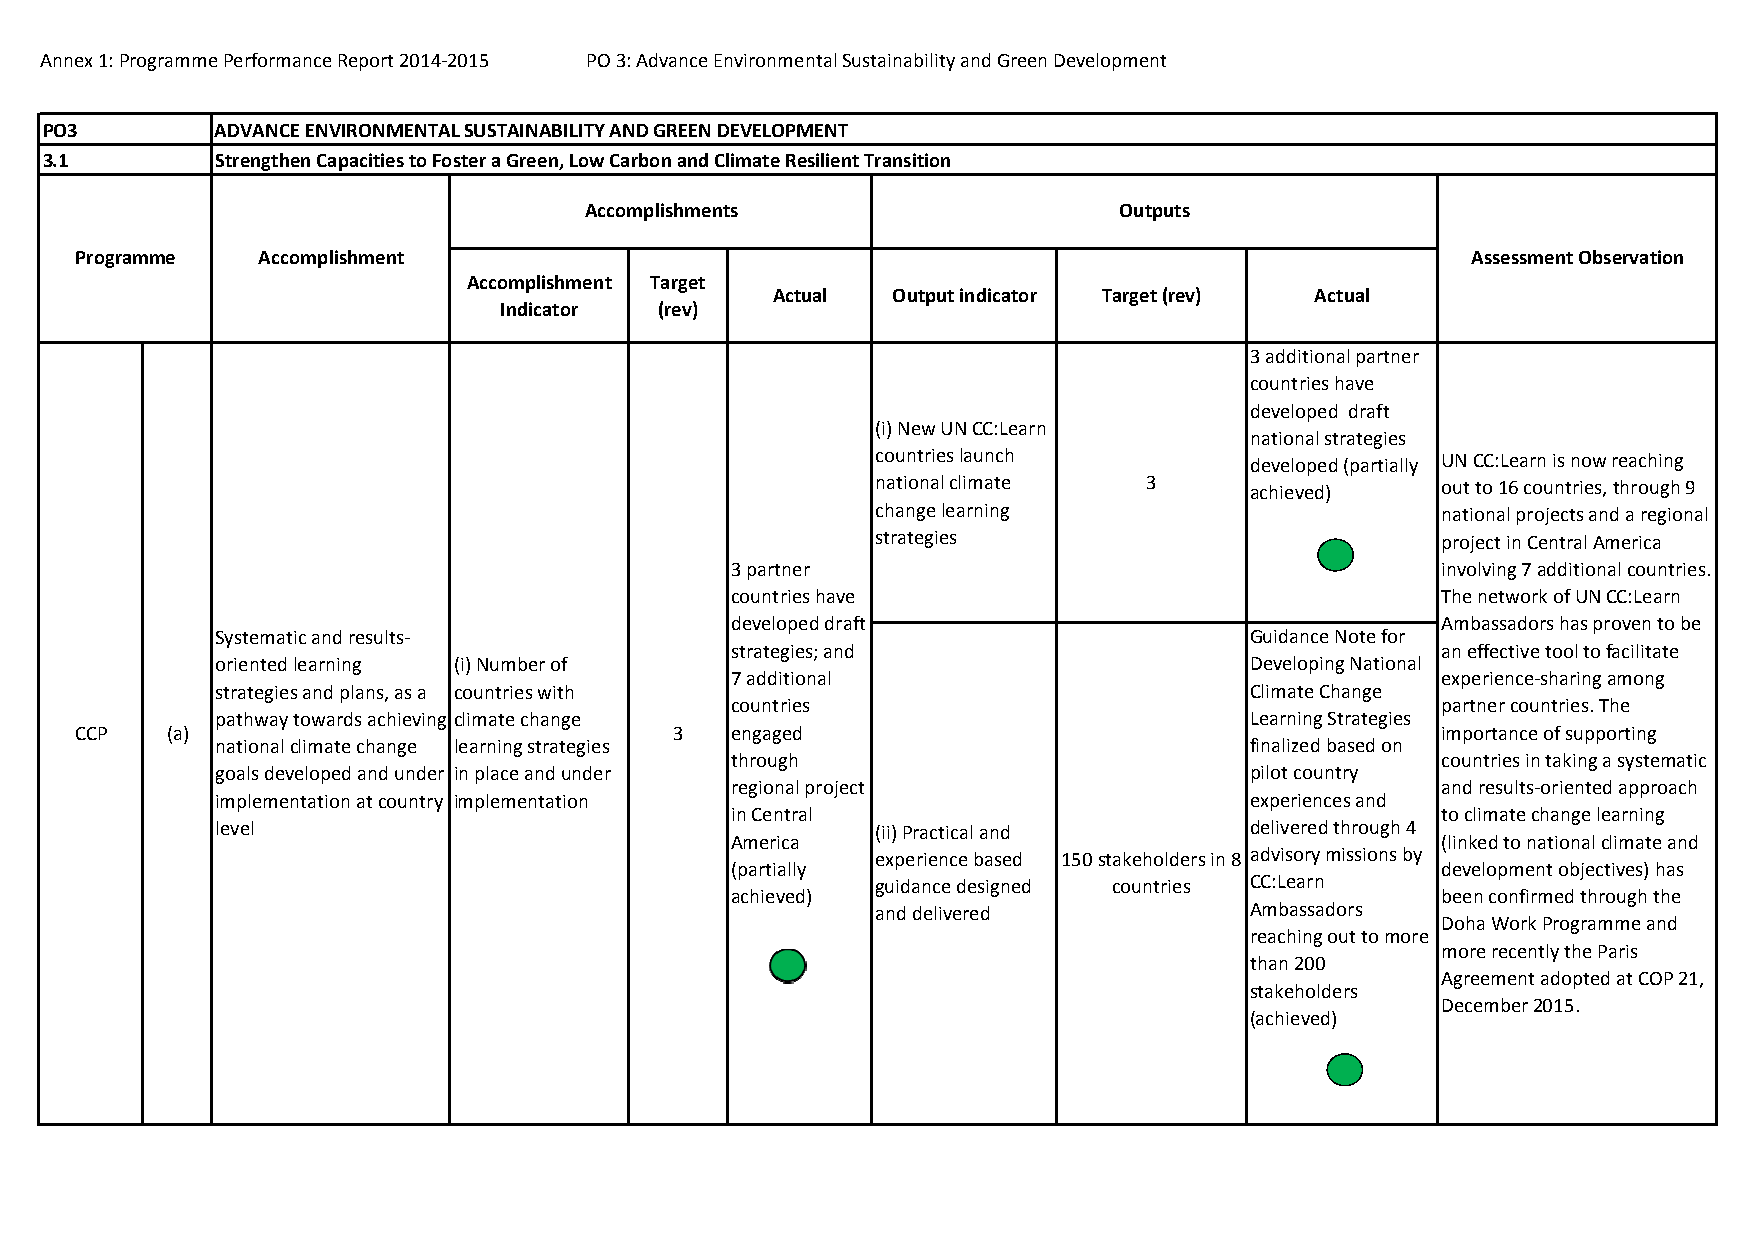
Annex 1: Programme Performance Report 2014‐2015 PO 3: Advance Environmental Sustainability and Green Development
 PO3        ADVANCE ENVIRONMENTAL SUSTAINABILITY AND GREEN DEVELOPMENT
 3.1        Strengthen Capacities to Foster a Green, Low Carbon and Climate Resilient Transition
 Accomplishments                    Outputs
 Programme   Accomplishment                                                                  Assessment Observation
 Accomplishment Target
 Actual  Output indicator Target (rev) Actual
 Indicator  (rev)
 3 additional partner
 countries have
 developed draft
 (i) New UN CC:Learn
 national strategies
 countries launch         developed (partially UN CC:Learn is now reaching
 national climate  3      achieved)   out to 16 countries, through 9
 change learning                      national projects and a regional
 strategies                           project in Central America
 3 partner                                      involving 7 additional countries.
 countries have                                 The network of UN CC:Learn
 developed draft                                Ambassadors has proven to be
 Systematic and results‐                                              Guidance Note for
 strategies; and                                an effective tool to facilitate
 oriented learning (i) Number of                                      Developing National
 7 additional                                   experience‐sharing among
 strategies and plans, as a countries with                            Climate Change
 countries                                      partner countries. The
 pathway towards achieving climate change                             Learning Strategies
 CCP   (a)                               3  engaged                                        importance of supporting
 national climate change learning strategies                          finalized based on
 through                                        countries in taking a systematic
 goals developed and under in place and under                         pilot country
 regional project                               and results‐oriented approach
 implementation at country implementation                             experiences and
 in Central                                     to climate change learning
 level                                       (ii) Practical and       delivered through 4
 America                                        (linked to national climate and
 experience based 150 stakeholders in 8 advisory missions by
 (partially                                     development objectives) has
 guidance designed countries CC:Learn
 achieved)                                      been confirmed through the
 and delivered            Ambassadors
 Doha Work Programme and
 reaching out to more
 more recently the Paris
 than 200
 Agreement adopted at COP 21,
 stakeholders
 December 2015.
 (achieved)